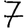
Digit: 7